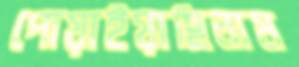
পোয়াইয়াছিলাম